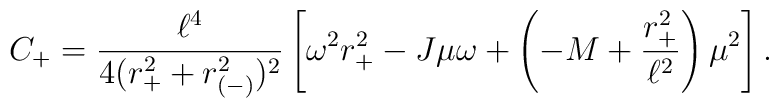
C_+ = {\ell^4 \over {4(r_+^2+r_{(-)}^2)^2}}\left[\omega^2 r_+^2 -J \mu \omega  + \left ( -M + {r_+^2 \over \ell^2} \right ) \mu^2\right] .